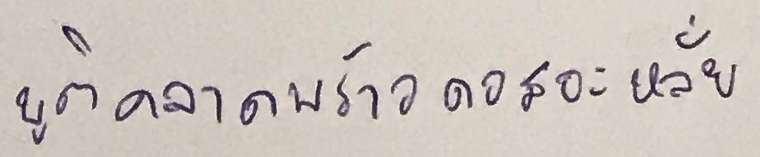
บูติคลาดพร้าวดอสอะหลั่ย